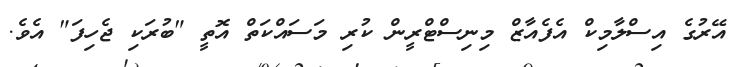
އޭރުގެ އިސްލާމިކް އެފެއާޒް މިނިސްޓްރީން ކުރި މަސައްކަތް އޮތީ "ބުރަކި ޖެހިފަ" އެވެ.